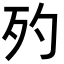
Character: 𣧀